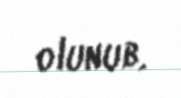
olunub.